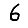
Digit: 6